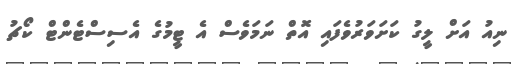
ނިއު އަށް ލީގު ކަށަވަރުވެފައި އޮތް ނަމަވެސް އެ ޓީމުގެ އެސިސްޓެންޓް ކޯޗު